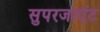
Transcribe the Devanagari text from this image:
सुपरजाएंट